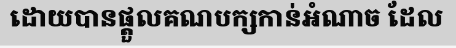
ដោយបានផ្តួលគណបក្សកាន់អំណាច ដែល